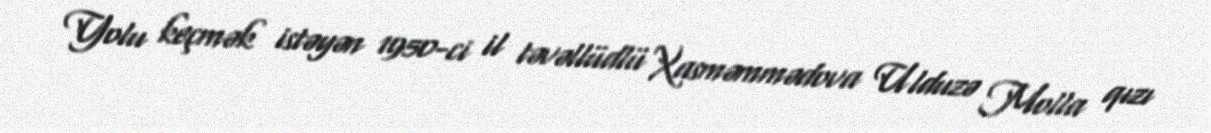
Yolu keçmək istəyən 1950-ci il təvəllüdlü Xasməmmədova Ulduzə Molla qızı